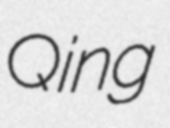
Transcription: Qing